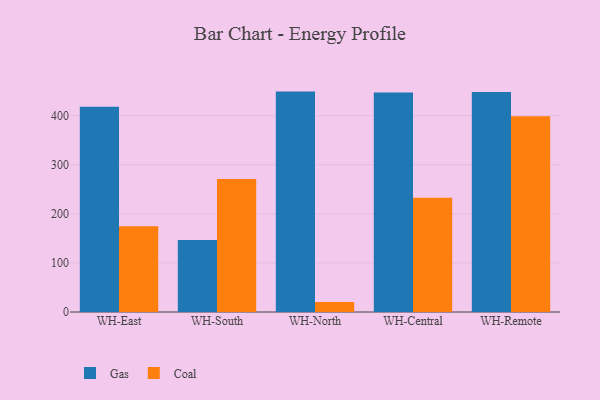
{"axis": {"x": "Warehouse", "y": "Active Users"}, "legend": ["Coal", "Gas"], "data": [{"x": "WH-East", "y": 418.3, "type": "Gas"}, {"x": "WH-East", "y": 174.8, "type": "Coal"}, {"x": "WH-South", "y": 146.6, "type": "Gas"}, {"x": "WH-South", "y": 270.8, "type": "Coal"}, {"x": "WH-North", "y": 449.1, "type": "Gas"}, {"x": "WH-North", "y": 20.5, "type": "Coal"}, {"x": "WH-Central", "y": 447.4, "type": "Gas"}, {"x": "WH-Central", "y": 232.6, "type": "Coal"}, {"x": "WH-Remote", "y": 448.2, "type": "Gas"}, {"x": "WH-Remote", "y": 399.0, "type": "Coal"}]}